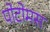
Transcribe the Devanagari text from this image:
पोटोमस